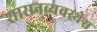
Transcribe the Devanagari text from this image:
शासनव्यवस्थेस